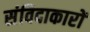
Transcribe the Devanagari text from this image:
संविदाकारों